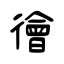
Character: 徻